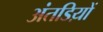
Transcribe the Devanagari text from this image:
अंतडिय़ों